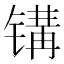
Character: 𰾨